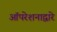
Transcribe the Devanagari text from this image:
ऑपरेशनाद्वारे